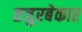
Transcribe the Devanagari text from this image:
तजुरबेकार